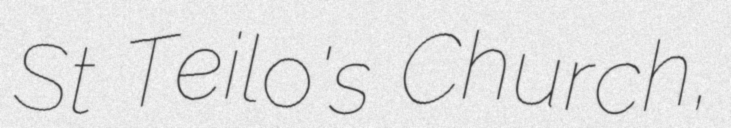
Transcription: St Teilo's Church,